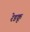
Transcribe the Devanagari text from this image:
रेडकू